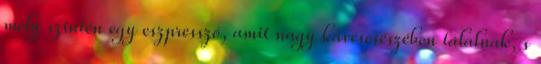
mely szintén egy eszpresszó, amit nagy kávéscsészében tálalnak, s